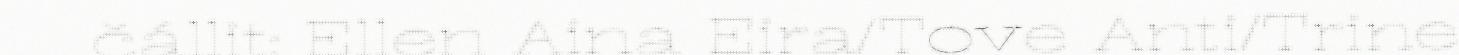
čállit: Ellen Aina Eira/Tove Anti/Trine